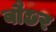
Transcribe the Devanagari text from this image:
बौछर